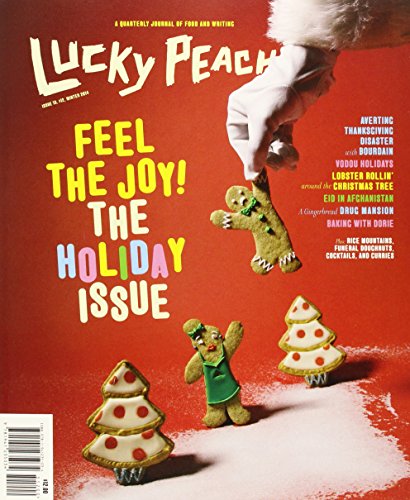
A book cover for Lucky Peach Issue 13; Comics & Graphic Novels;